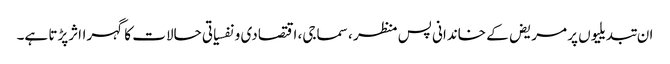
ان تبدیلیوں پر مریض کے خاندانی پس منظر ، سماجی، اقتصادی و نفسیاتی حالات کا گہرااثرپڑتا ہے۔